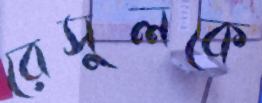
রেসুলকে